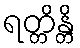
ရတ္တိန္တိ